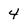
Character: 4